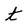
Character: t